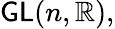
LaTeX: \mathsf{GL}(n,\mathbb{R}),